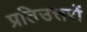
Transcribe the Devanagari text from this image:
प्रतिउत्तरों